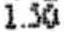
1.50